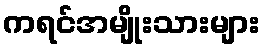
ကရင်အမျိုးသားများ